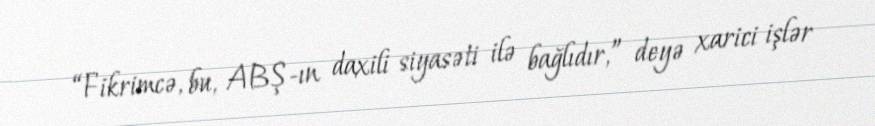
“Fikrimcə, bu, ABŞ-ın daxili siyasəti ilə bağlıdır,” deyə xarici işlər